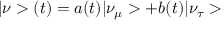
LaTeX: | \nu > ( t ) = a ( t ) | \nu _ { \mu } > + b ( t ) | \nu _ { \tau } >